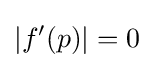
|f'(p)|=0